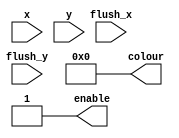
module black_background_graphic(x, y, flush_x, flush_y, colour, enable);

	input [6:0] x;
	input [6:0] y;
	input [6:0] flush_x;
	input [6:0] flush_y;
	output reg [5:0] colour;
	output reg enable;
	
	always@(*) begin
		colour <= 6'b000000;
			enable <= 1;
	end

endmodule